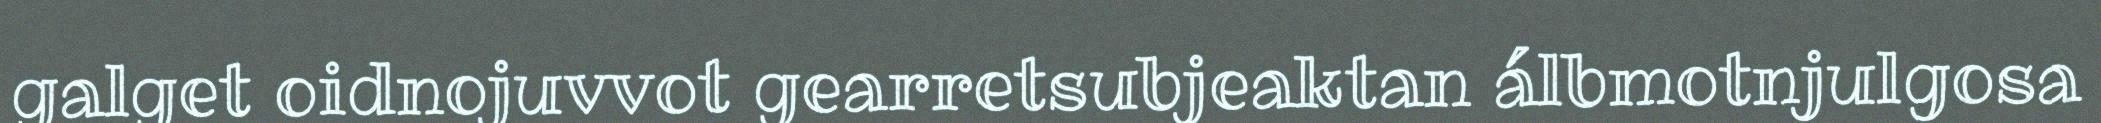
galget oidnojuvvot gearretsubjeaktan álbmotnjulgosa